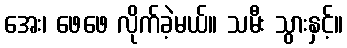
အေး၊ ဖေဖေ လိုက်ခဲ့မယ်။ သမီး သွားနှင့်။